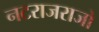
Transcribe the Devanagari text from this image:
नटराजराजो